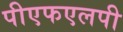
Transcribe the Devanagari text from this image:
पीएफएलपी